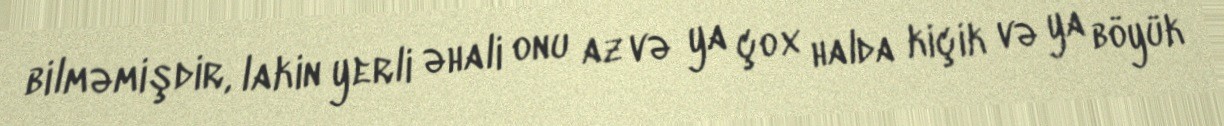
bilməmişdir, lakin yerli əhali onu az və ya çox halda kiçik və ya böyük